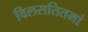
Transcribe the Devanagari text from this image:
विलसतितमां